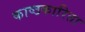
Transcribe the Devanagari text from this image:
काष्ठकारिता